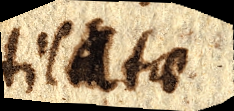
tilatae